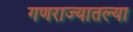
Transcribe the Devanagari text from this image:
गणराज्यातल्या